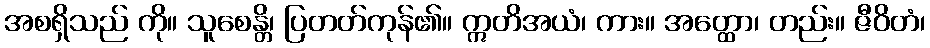
အစရှိသည် ကို။ သူစေန္တိ၊ ပြတတ်ကုန်၏။ ဣတိအယံ၊ ကား။ အတ္ထော၊ တည်း။ ဇီဝိတံ၊